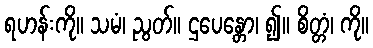
ရဟန်းကို။ သမံ၊ ညွတ်။ ဌပေန္တော၊ ၍။ စိတ္တံ၊ ကို။